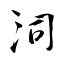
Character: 泀